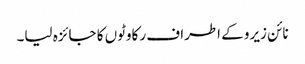
نائن زیرو کے اطراف رکاوٹوں کا جائزہ لیا۔